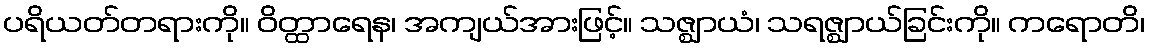
ပရိယတ်တရားကို။ ဝိတ္ထာရေန၊ အကျယ်အားဖြင့်။ သဇ္ဈာယံ၊ သရဇ္ဈာယ်ခြင်းကို။ ကရောတိ၊